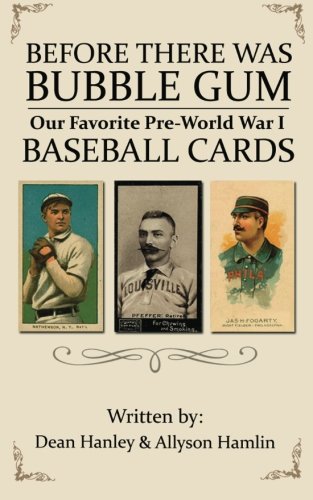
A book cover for Before There Was Bubble Gum: Our Favorite Pre-World War I Baseball Cards; Dean Hanley; Crafts, Hobbies & Home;